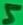
Text: 5